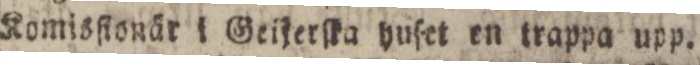
Komisſionär i Geijerſka huſet en trappa upp.